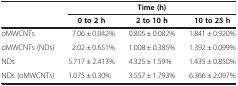
<table><thead><tr><td><b> </b></td><td colspan="3"><b>Time (h)</b></td></tr><tr><td><b> </b></td><td><b>0 to 2 h</b></td><td><b>2 to 10 h</b></td><td><b>10 to 25 h</b></td></tr></thead><tbody><tr><td>oMWCNTs</td><td>7.06 ± 0.042%</td><td>0.805 ± 0.082%</td><td>1.841 ± 0.920%</td></tr><tr><td>oMWCNTs (NDs)</td><td>2.02 ± 0.651%</td><td>1.008 ± 0.385%</td><td>1.392 ± 0.099%</td></tr><tr><td>NDs</td><td>5.717 ± 2.413%</td><td>4.325 ± 1.59%</td><td>1.435 ± 0.850%</td></tr><tr><td>NDs (oMWCNTs)</td><td>1.075 ± 0.30%</td><td>3.557 ± 1.793%</td><td>6.366 ± 2.097%</td></tr></tbody></table>